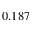
0 . 1 8 7